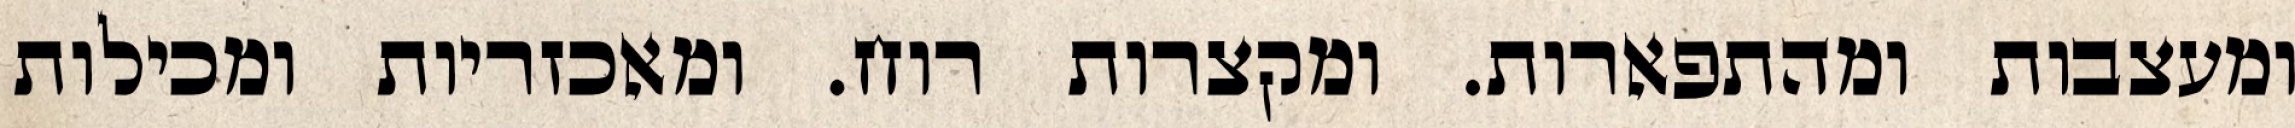
ומעצבות ומהתפארות. ומקצרות רוח. ומאכזריות ומכילות